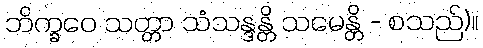
ဘိက္ခဝေ သတ္တာ သံသန္ဒန္တိ သမေန္တိ - စသည်)။